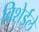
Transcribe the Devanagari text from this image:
विशेईले